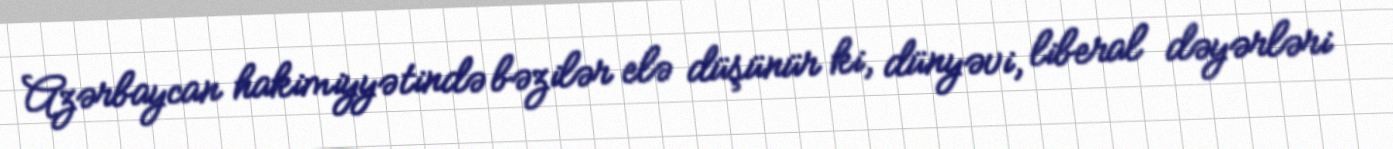
Azərbaycan hakimiyyətində bəzilər elə düşünür ki, dünyəvi, liberal dəyərləri